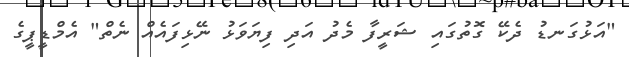
"އަޅުގަނޑު ދެކޭ ގޮތުގައި ޝަރީފާ މެދު އަދި ފިޔަވަޅު ނޭޅިފައެއް ނެތް" އެމްޑީޕީގެ